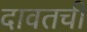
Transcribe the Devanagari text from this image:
दावतची